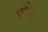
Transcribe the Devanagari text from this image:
फोरे